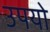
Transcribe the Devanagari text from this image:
उपयो